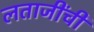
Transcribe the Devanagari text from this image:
लताजींची